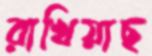
রাখিয়াছ